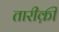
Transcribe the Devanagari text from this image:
तारीक़ी